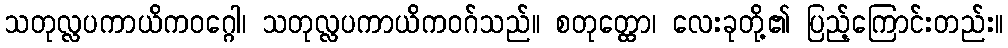
သတုလ္လပကာယိကဝဂ္ဂေါ၊ သတုလ္လပကာယိကဝဂ်သည်။ စတုတ္ထော၊ လေးခုတို့၏ ပြည့်ကြောင်းတည်း။